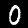
Label: 0